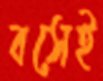
বসেই